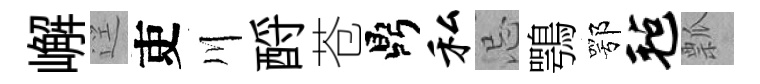
嶰逕吏川酹苍鼎私忌鶚鄂毡瓢